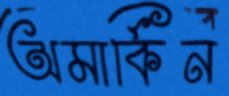
অমার্কিন